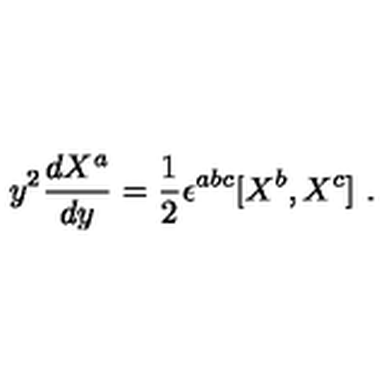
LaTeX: y ^ { 2 } \frac { d X ^ { a } } { d y } = \frac 1 2 \epsilon ^ { a b c } [ X ^ { b } , X ^ { c } ] \ .